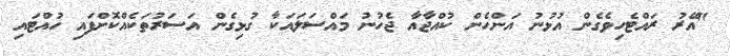
"އޭރު ރައްޓެހިވެގެން އުޅުނު އަންހެން ކުއްޖާއާ ޖެހުނު މައްސަލައަކާ ގުޅިގެން އަސަރުތަކެއްކޮށްފައި ހުއްޓައި